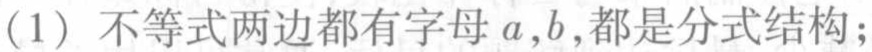
(1) 不等式两边都有字母\(a,b\),都是分式结构;